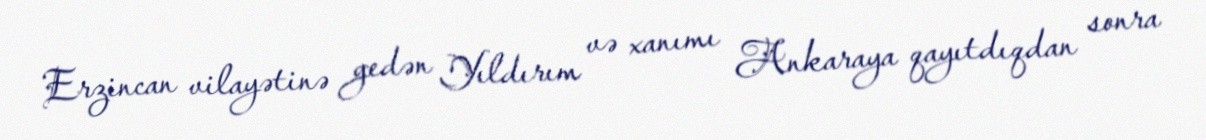
Erzincan vilayətinə gedən Yıldırım və xanımı Ankaraya qayıtdıqdan sonra